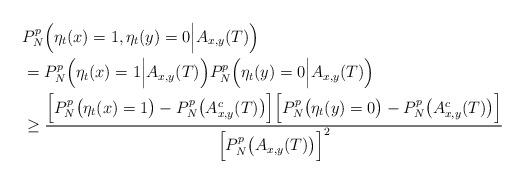
LaTeX: \begin{align*}&P_N^p\Big(\eta_t(x)=1,\eta_t(y)=0\Big|A_{x,y}(T)\Big)\\&=P_N^p\Big(\eta_t(x)=1\Big|A_{x,y}(T)\Big)P_N^p\Big(\eta_t(y)=0\Big|A_{x,y}(T)\Big)\\&\geq\frac{\Big[P_N^p\big(\eta_t(x)=1\big)-P_N^p\big(A^c_{x,y}(T)\big)\Big]\Big[P_N^p\big(\eta_t(y)=0\big)-P_N^p\big(A^c_{x,y}(T)\big)\Big]}{\Big[P^p_N\big(A_{x,y}(T)\big)\Big]^2}\end{align*}